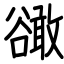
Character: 豃